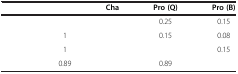
<table><thead><tr><td>[EMPTY_CELL]</td><td>[EMPTY_CELL]</td><td><b>Cha</b></td><td><b>Pro (Q)</b></td><td><b>Pro (B)</b></td></tr></thead><tbody><tr><td>[EMPTY_CELL]</td><td>[EMPTY_CELL]</td><td>[EMPTY_CELL]</td><td>0.25</td><td>0.15</td></tr><tr><td>[EMPTY_CELL]</td><td>1</td><td>[EMPTY_CELL]</td><td>0.15</td><td>0.08</td></tr><tr><td>[EMPTY_CELL]</td><td>1</td><td>[EMPTY_CELL]</td><td>[EMPTY_CELL]</td><td>0.15</td></tr><tr><td>[EMPTY_CELL]</td><td>0.89</td><td>[EMPTY_CELL]</td><td>0.89</td><td>[EMPTY_CELL]</td></tr></tbody></table>